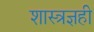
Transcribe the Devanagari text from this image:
शास्त्रज्ञही